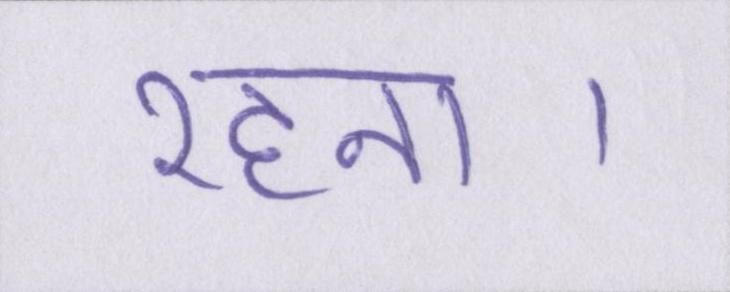
रहना।